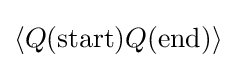
\langle Q({\text{start}})Q({\text{end}})\rangle